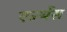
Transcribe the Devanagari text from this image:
एन्थेंस